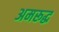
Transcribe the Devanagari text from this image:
अमरूद्ध